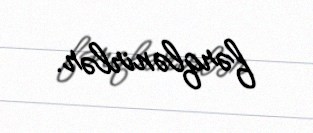
fərqlənirlər.